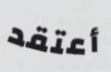
أعتقد